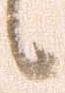
候